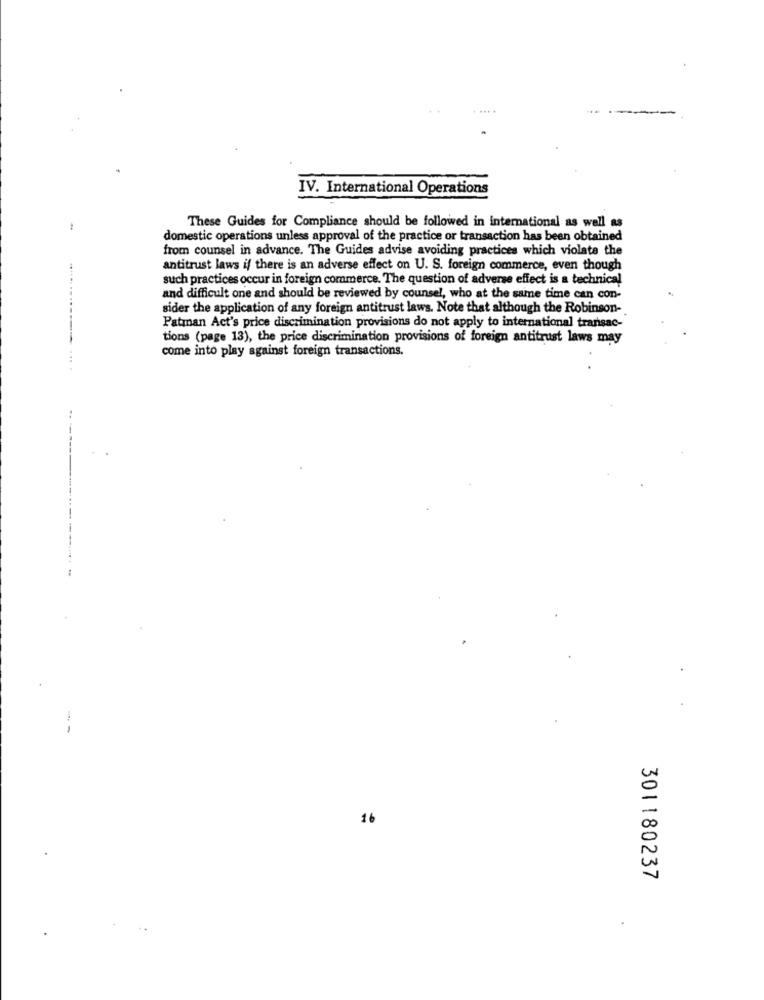
. ....
...
IV. International Operations
These Guides for Compliance should be followed in international as well as
domestic operations unless approval of the practice or transaction has been obtained
from counsel in advance. The Guides advise avoiding practices which violate the
antitrust laws if there is an adverse effect on U. S. foreign commerce, even though
such practices occur in foreign commerce. The question of adverse effect is a technical
and difficult one and should be reviewed by counsel, who at the same time can con-
sider the application of any foreign antitrust laws. Note that although the Robinson-
Patman Act's price discrimination provisions do not apply to international transac-
tions (page 13), the price discrimination provisions of foreign antitrust laws may
come into play against foreign transactions.
..
--
16
301180237